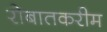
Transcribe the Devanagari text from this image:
रोबातकरीम